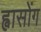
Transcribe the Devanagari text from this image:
ह्वासोंग